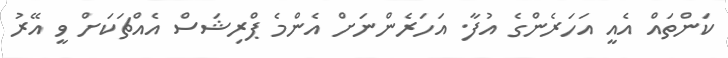
ކަންތައް އެއީ އަހަރެންގެ އުފާ. އަހަރެންނަށް އެންމެ ޕްރިޝަސް އެއްޗަކަށް ވީ އޭރު